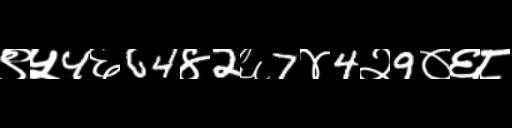
Text: ९५4६64४2६7४4२9०६८